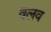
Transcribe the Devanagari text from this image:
वलव